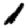
Digit: 1